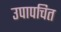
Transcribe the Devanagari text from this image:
उपापचित